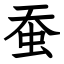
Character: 蚕